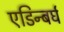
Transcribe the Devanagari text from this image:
एडिन्बर्घ